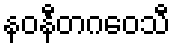
နဝနီတဂဝေသီ